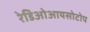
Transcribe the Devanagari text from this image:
रेडिओआयसोटोप